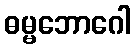
ဓမ္မဘောဂေါ